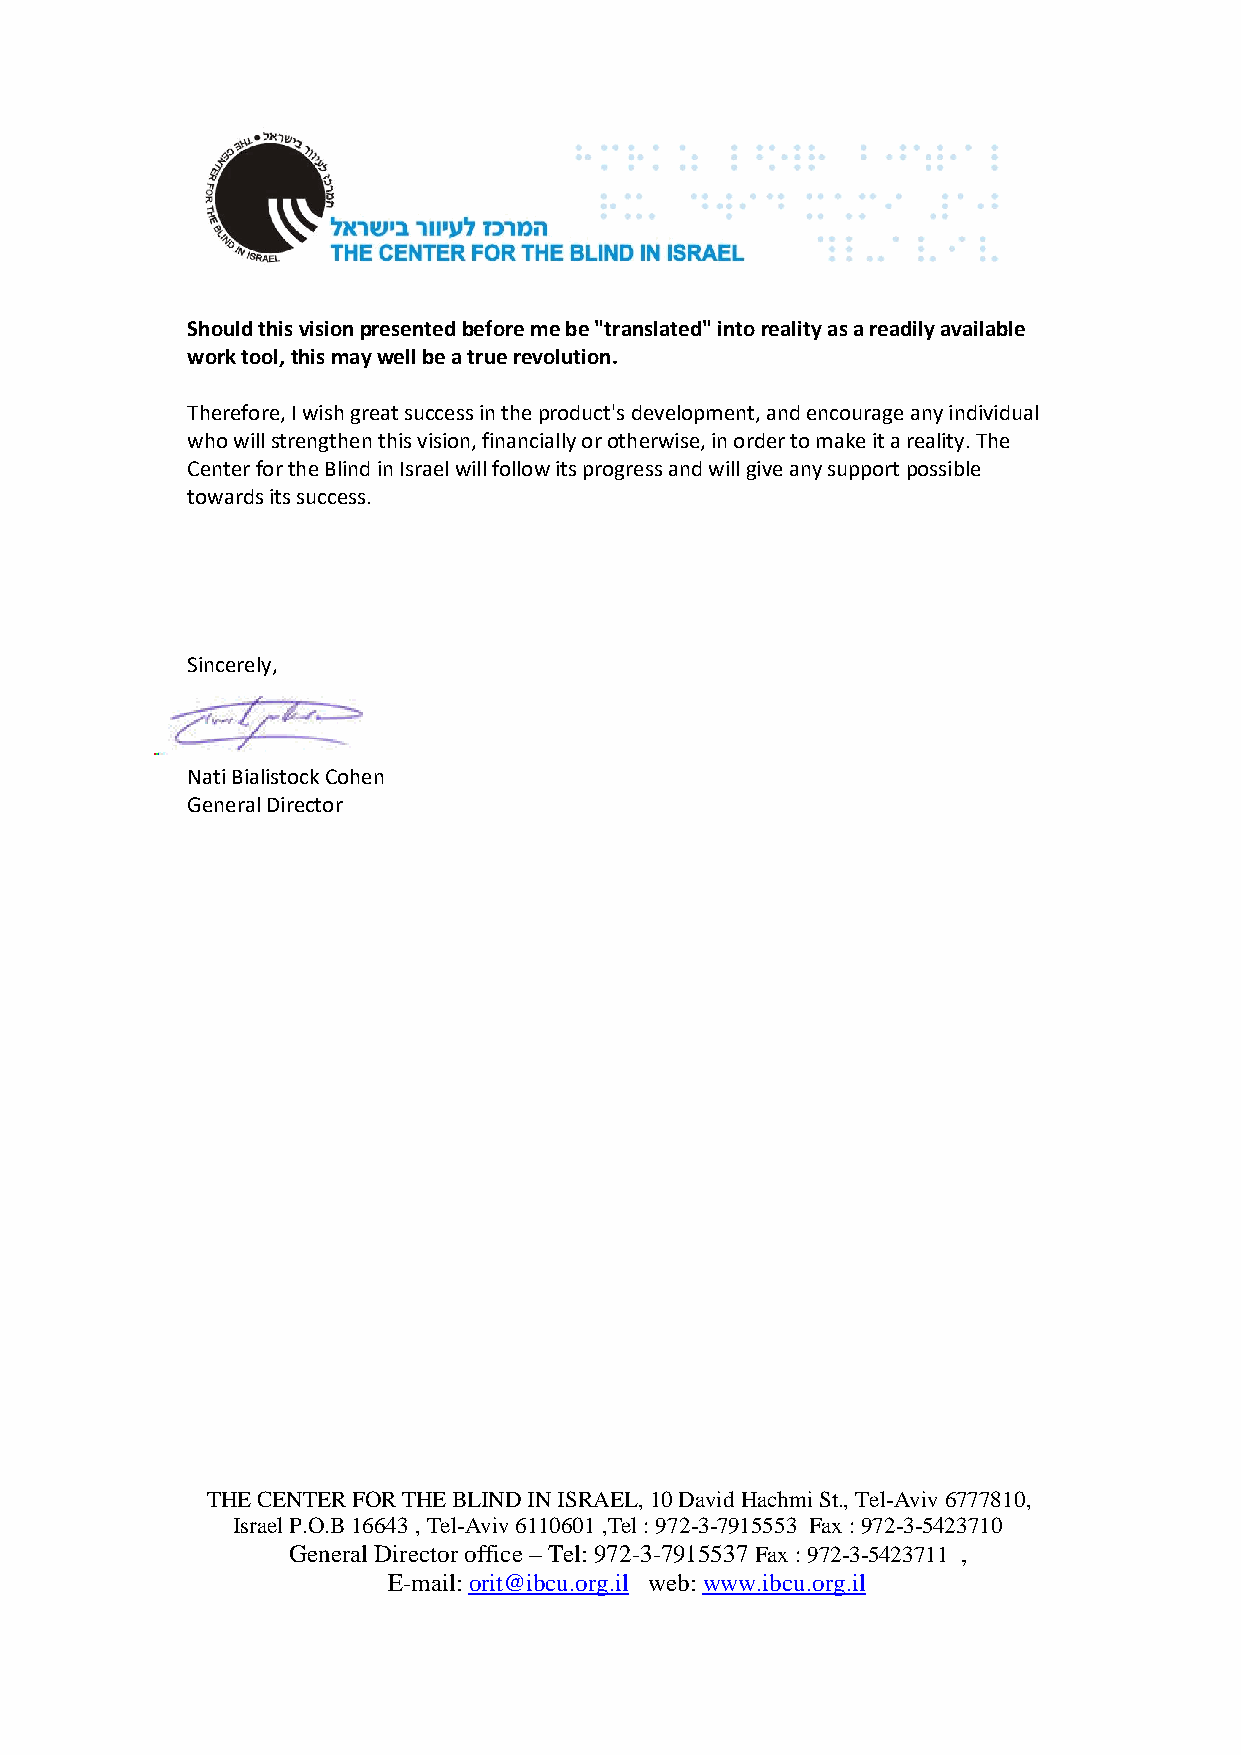
Should this vision presented before me be "translated" into reality as a readily available
 work tool, this may well be a true revolution.
 Therefore, I wish great success in the product's development, and encourage any individual
 who will strengthen this vision, financially or otherwise, in order to make it a reality. The
 Center for the Blind in Israel will follow its progress and will give any support possible
 towards its success.
 Sincerely,
 Nati Bialistock Cohen
 General Director
 THE CENTER FOR THE BLIND IN ISRAEL, 10 David Hachmi St., Tel-Aviv 6777810,
 Israel P.O.B 16643 , Tel-Aviv 6110601 ,Tel : 972-3-7915553 Fax : 972-3-5423710
 General Director office – Tel: 972-3-7915537 Fax : 972-3-5423711 ,
 E-mail: orit@ibcu.org.il web: www.ibcu.org.il